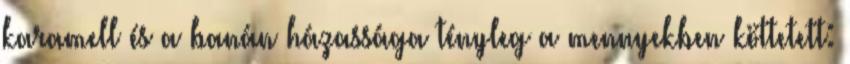
karamell és a banán házassága tényleg a mennyekben köttetett: